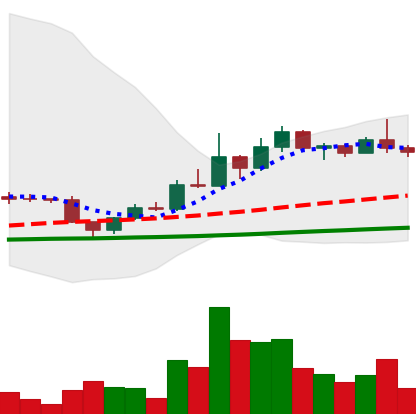
Ticker: DOGE-USD
Chart end date: 2022-12-06
Forward return: -7.383%
Label: down_7plus